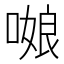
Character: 𭉻